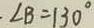
\angle B = 1 3 0 ^ { \circ }